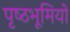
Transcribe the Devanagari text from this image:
पृष्‍ठभूमियों